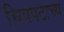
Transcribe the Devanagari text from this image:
चित्रपटाच्य